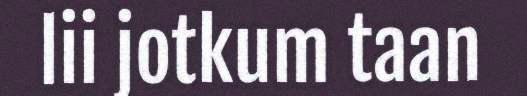
lii jotkum taan